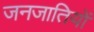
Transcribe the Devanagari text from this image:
जनजातियाें